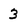
Character: 3